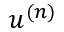
u ^ { ( n ) }